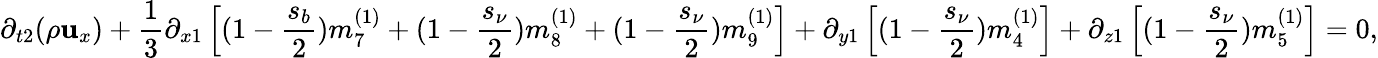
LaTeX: {\partial_{t2}}(\rho{\mathbf{u}_{x}})+\frac{{1}}{{3}}{\partial_{x1}}\left[{(1-\frac{{{{s_{b}}}}}{{2}})m_{7}^{(1)}+(1-\frac{{{{s_{\nu}}}}}{{2}})m_{8}^{(1)}+(1-\frac{{{{s_{\nu}}}}}{{2}})m_{9}^{(1)}}\right]+{\partial_{y1}}\left[{(1-\frac{{{{s_{\nu}}}}}{{2}})m_{4}^{(1)}}\right]+{\partial_{z1}}\left[{(1-\frac{{{{s_{\nu}}}}}{{2}})m_{5}^{(1)}}\right]=0,